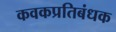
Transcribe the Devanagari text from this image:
कवकप्रतिबंधक